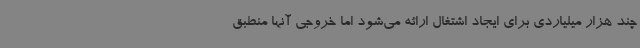
چند هزار میلیاردی برای ایجاد اشتغال ارائه می‌شود اما خروجی آنها منطبق